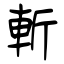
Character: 斬